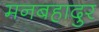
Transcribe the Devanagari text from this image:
मनबहादुर